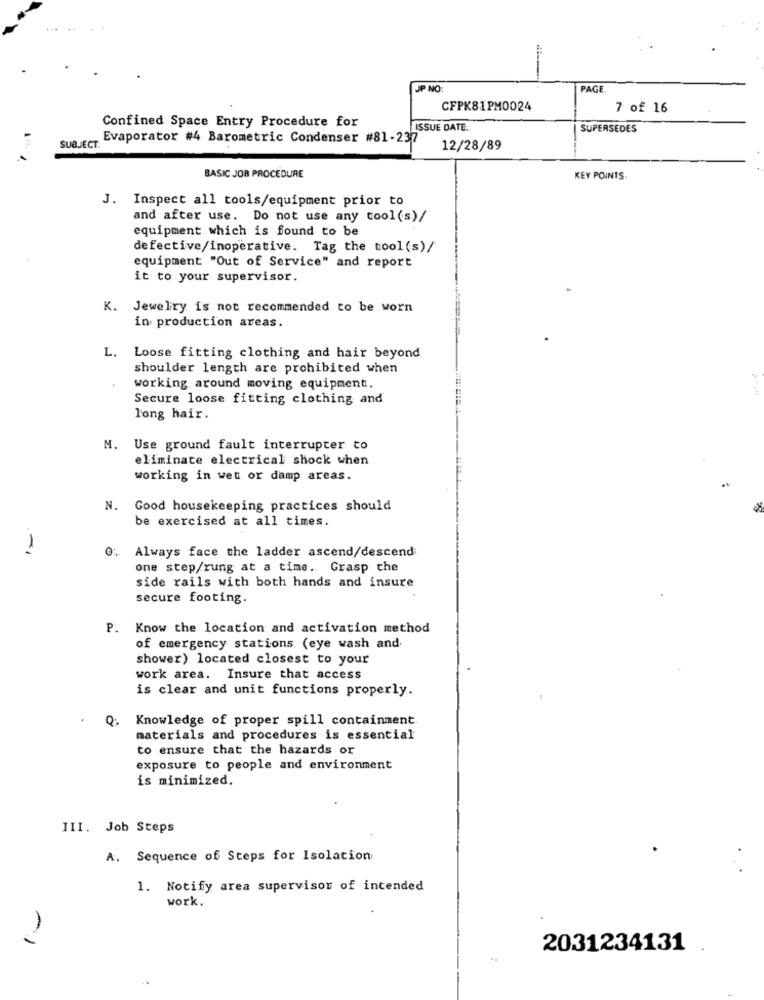
JP NO
PAGE
CFPK81PM0024
7 of 16
Confined Space Entry Procedure for
ISSUE DATE.
SUPERSEDES
Evaporator #4 Barometric Condenser #81-237
SUBJECT:
12/28/89
BASIC JOB PROCEDURE
KEY POINTS.
J. Inspect all tools/equipment prior to
and after use. Do not use any cool(s)/
equipment which is found to be
defective/inoperative. Tag the tool(s)/
equipment "Out of Service" and report
it to your supervisor.
K. Jewelry is not recommended to be worn
in production areas.
L. Loose fitting clothing and hair beyond
shoulder length are prohibited when
working around moving equipment.
Secure loose fitting clothing and
long hair.
M. Use ground fault interrupter to
eliminate electrical shock when
working in wet or damp areas.
N. Good housekeeping practices should
be exercised at all times.
-1
Always face the ladder ascend/descend
one step/rung at a time. Grasp the
side rails with both hands and insure
secure footing.
P. Know the location and activation method
of emergency stations (eye wash and
shower) located closest to your
work area. Insure that access
is clear and unit functions properly.
Q.
Knowledge of proper spill containment
materials and procedures is essential
to ensure that the hazards or
exposure to people and environment
is minimized.
III. Job Steps
A. Sequence of Steps for Isolation
1. Notify area supervisor of intended
work.
2
2031234131 .